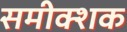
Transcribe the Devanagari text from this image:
समीक्शक